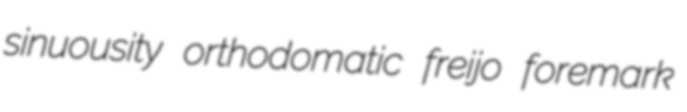
sinuousity orthodomatic freijo foremark